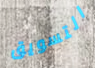
التسويق